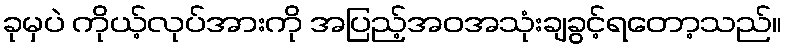
ခုမှပဲ ကိုယ့်လုပ်အားကို အပြည့်အဝအသုံးချခွင့်ရတော့သည်။